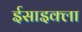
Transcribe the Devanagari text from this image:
ईसाइक्ला